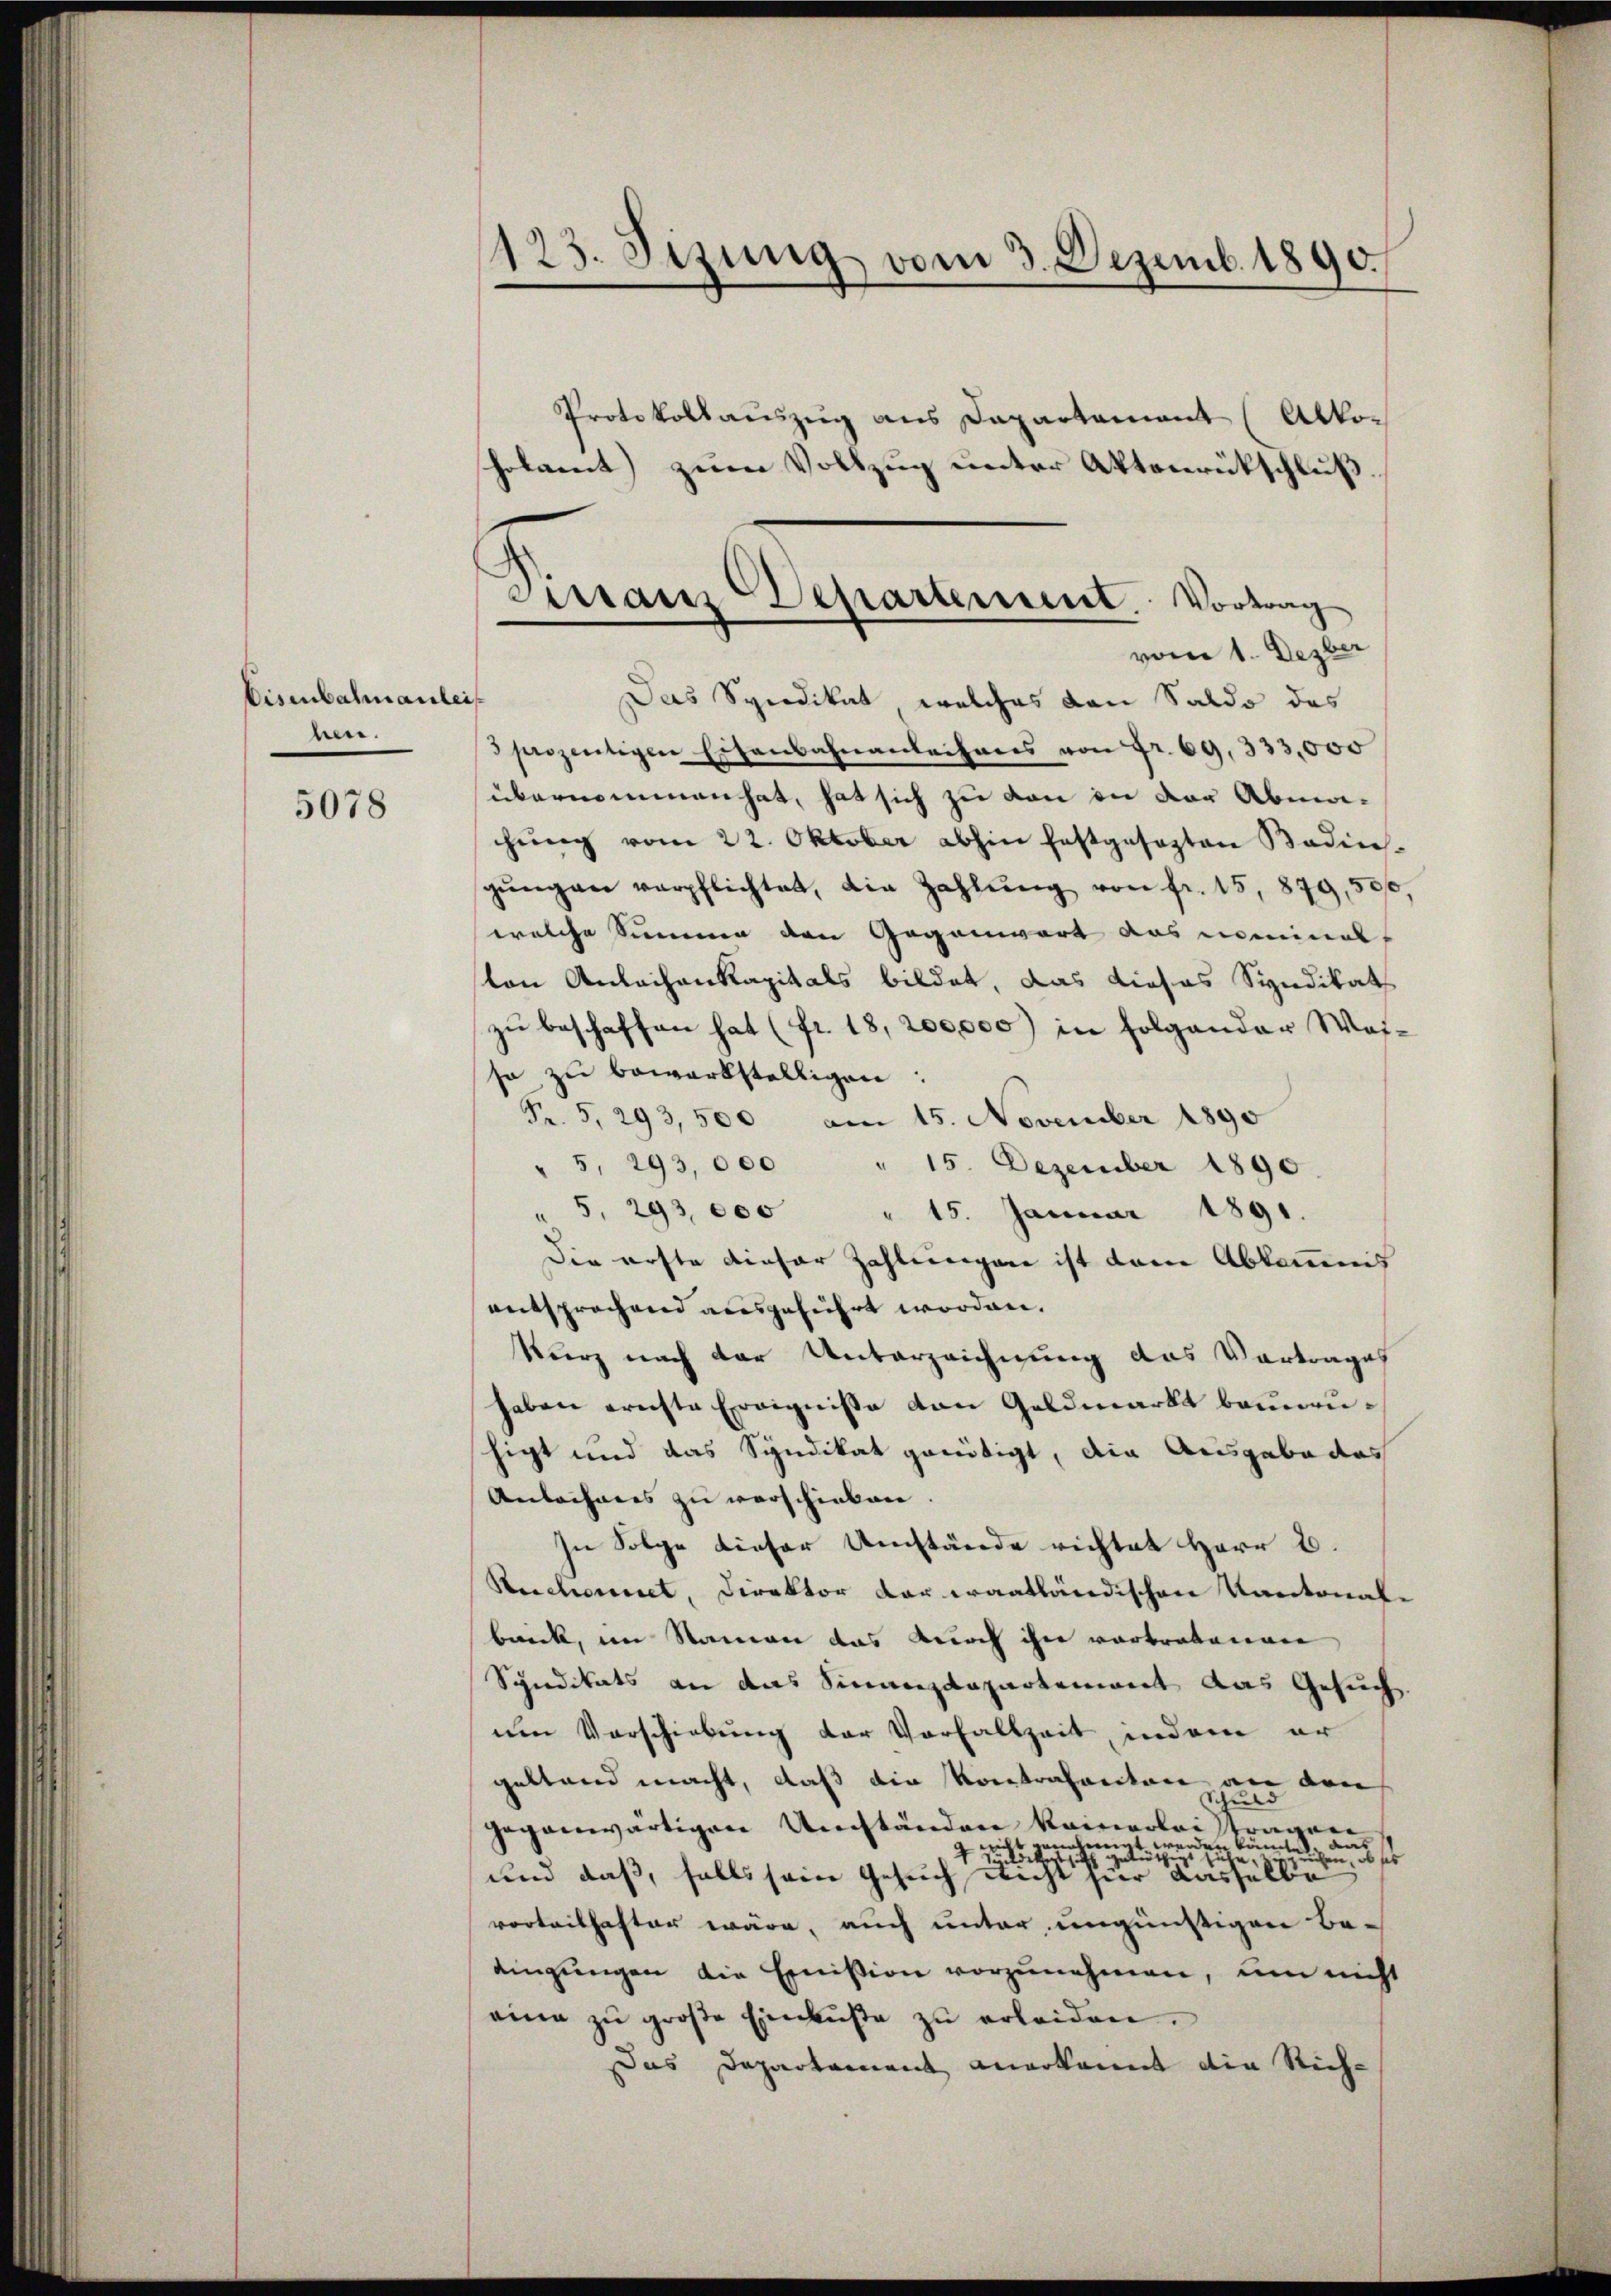
Eisenbahnaulei
ben.
5078

123. Jezung vom 3. Dezemb. 1890.

holaent) zum Vollzug unter Aktenrückschluß.
Das Spiedikat welches den Saldo des
sezentigen Eisenbahnanleihens von Fr. 69, 333,000
übernommen hat, hat sich zu von in der Abma-
chŭng vom 22. Oktober abhin festgesezten Bedin
gŭngen verpflichtet, die Zahlŭng von fr. 15, 879, 51
welche Summen den Gegenwart das neinals
ton Anlachenkapitals bildet, das dieses Syndikat
zu beschaffen hat (fr. 18, 200,000) in folgender Wasso zu bewerkstelligen:
Pr. 5, 293,500 am 15. November 1890
" 5, 293, 000 " 15. Dezember 1890
" 5, 293, ee " 15. Januar 1891
Die erste dieser Zahlungen ist dem Abkommnis
entsprochend ausgeführt worden.
kurz nach der Unterzeichnung das Vortrages
haben ernste Ereigniße den Geldmarkt beunruhigt und das Syndikat gereitigt, die Ausgabe das
Anlochnees zu verschicken.
In Folge dieser Umstände richtet Herr B.
Rerchornet, Direktor der waatländischen Kantonal-
brick, im Namen das Durch ihn vorbrabannen
Syndikats an das Sinanzdepartement das Gesuch
um Vorschiebung der Vorfallzeit, indem er
geltend macht, daß die Kontrafanton an den
hies
gegenwärtigen Umständen keinerleistragene
eicht weiterung
werden könnte, aus
thigt sehe
ben, ob ses
Seckdiert sich get
und daß, falls sein Gesuch nicht für dasselbe
vorteilhafter wäre, auch unter ungünstigen Be-
dingungen die Emission vorzunehmen, um nicht
eine zu große Einküste zu erleiden.
Das Departament anerkannt die Rich¬

Protokollauszug aus Dapartament (Abko¬

Sirranz Departement. Vortrag
vom 1. Dezber